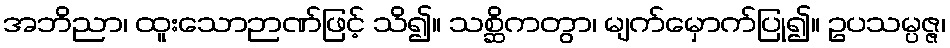
အဘိညာ၊ ထူးသောဉာဏ်ဖြင့် သိ၍။ သစ္ဆိကတွာ၊ မျက်မှောက်ပြု၍။ ဥပသမ္ပဇ္ဇ၊